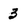
Character: 3